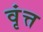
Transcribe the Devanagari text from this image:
वृंत्त